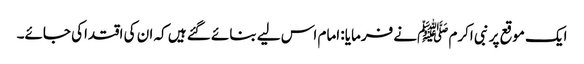
ایک موقع پر نبی اکرم ﷺنے فرمایا: امام اس لیے بنائے گئے ہیں کہ ان کی اقتداکی جائے۔